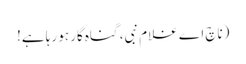
(ناچ اے غلام نبی، گناہ گار ہو رہا ہے!